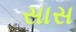
સાસ